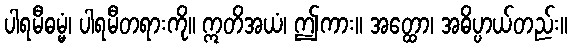
ပါရမီဓမ္မံ၊ ပါရမီတရားကို။ ဣတိအယံ၊ ဤကား။ အတ္ထော၊ အဓိပ္ပာယ်တည်း။